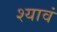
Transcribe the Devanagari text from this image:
श्यावं